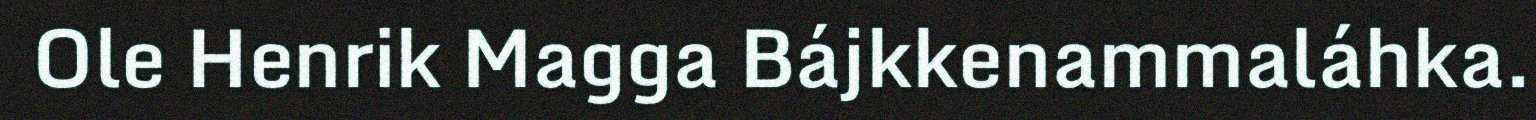
Ole Henrik Magga Bájkkenammaláhka.